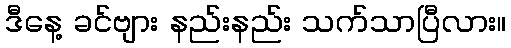
ဒီနေ့ ခင်ဗျား နည်းနည်း သက်သာပြီလား။